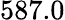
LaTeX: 587.0